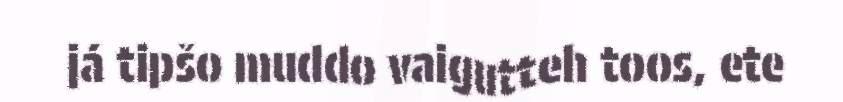
já tipšo muddo vaigutteh toos, ete